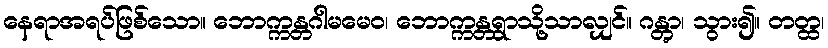
နေရာအရပ်ဖြစ်သော။ ဘောက္ကန္တဂါမမေဝ၊ ဘောက္ကန္တရွာသို့သာလျှင်။ ဂန္တွာ၊ သွား၍။ တတ္ထ၊